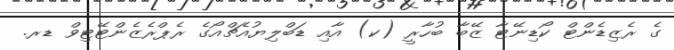
ގެ ރެޒިޑެންޓް ކޯޑިނޭޓާ ޒޭބާ ބުހާރީ (ކ) އާއި ޑަބްލިޔުއެޗްއޯގެ ރެޕްރެޒެންޓޭޓިވް ޑރ.